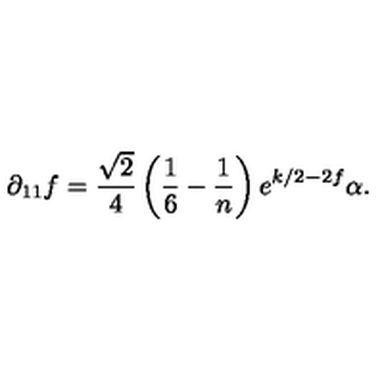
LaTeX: \partial _ { 1 1 } f = \frac { \sqrt { 2 } } { 4 } \left( \frac { 1 } { 6 } - \frac { 1 } { n } \right) e ^ { k / 2 - 2 f } \alpha .